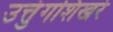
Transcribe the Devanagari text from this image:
उत्तुंगशिखरे